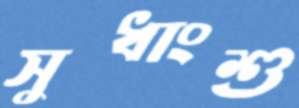
সুধাংশু